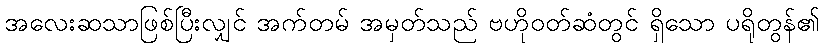
အလေးဆသာဖြစ်ပြီးလျှင် အက်တမ် အမှတ်သည် ဗဟိုဝတ်ဆံတွင် ရှိသော ပရိုတွန်၏